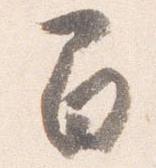
間